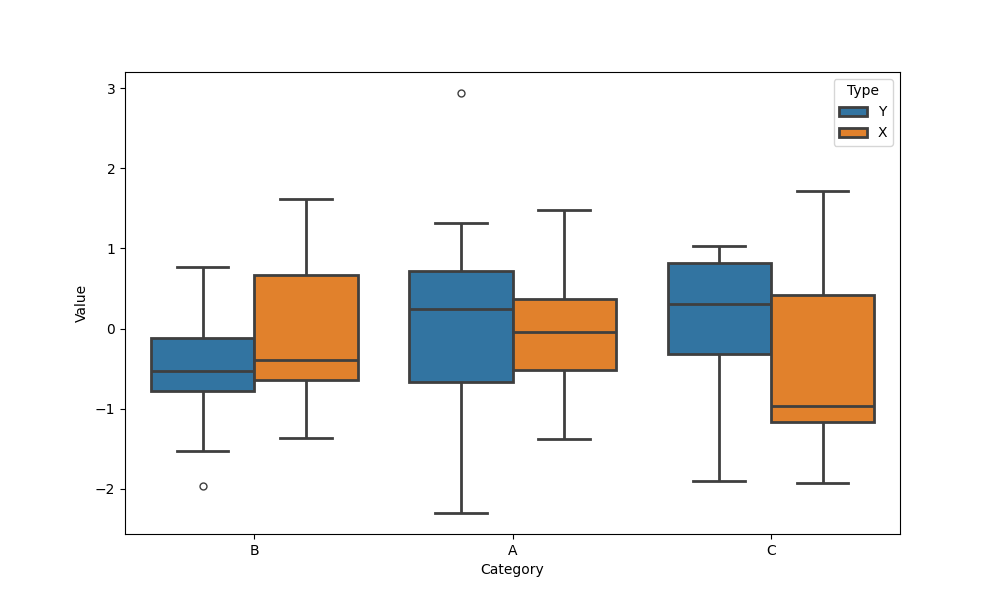
python, seaborn, boxplot, width=0.8, linewidth=2, fliersize=5, notch=False